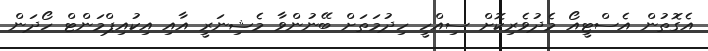
އެގޮތުން އެސްޓީއޯ މެދުވެރިކޮށް ސިއްހީ ހިދުމަތަށް ބޭނުންވާ މެޝިނަރީ އާއި އިކުއިޕްމަންޓް ހޯދަން